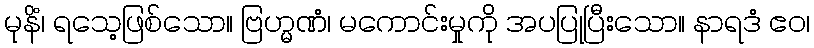
မုနိံ၊ ရသေ့ဖြစ်သော။ ဗြဟ္မဏံ၊ မကောင်းမှုကို အပပြုပြီးသော။ နာရဒံ ဧဝ၊